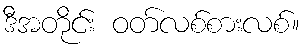
ဒီအတိုင်း ဝတ်လစ်စားလစ်။